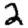
Digit: 2